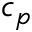
c _ { p }